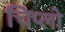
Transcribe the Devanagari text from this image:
चिप्लो